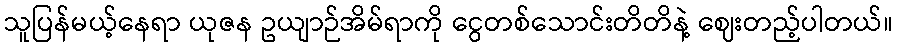
သူပြန်မယ့်နေရာ ယုဇန ဥယျာဉ်အိမ်ရာကို ငွေတစ်သောင်းတိတိနဲ့ ဈေးတည့်ပါတယ်။